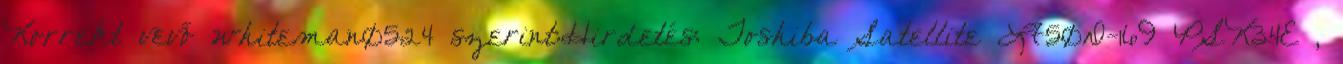
Korrekt vevő whiteman0524 szerint:Hirdetés: Toshiba Satellite L750D-169 PSK34E ,